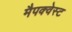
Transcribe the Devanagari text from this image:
मैपक्वेस्ट